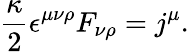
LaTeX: \frac{\kappa}{2}\epsilon^{\mu\nu\rho}F_{\nu\rho}=j^{\mu}.